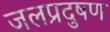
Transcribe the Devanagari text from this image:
जलप्रदुषण